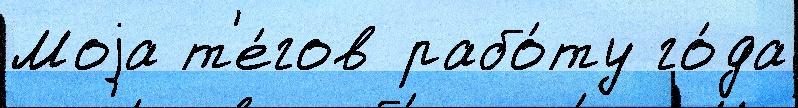
Моjа т'е́гов рабо́ту го́да